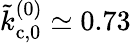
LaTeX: \tilde{k}_{\mathrm{c},0}^{(0)}\simeq 0.73